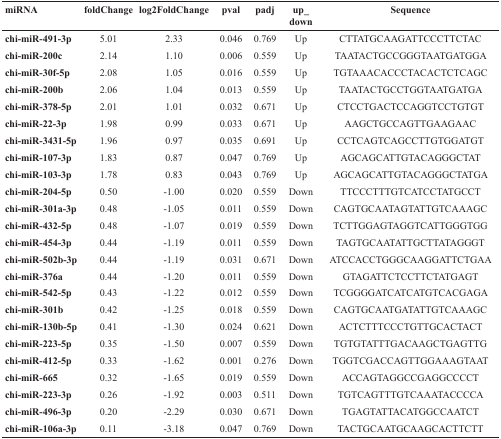
<table><thead><tr><td><b>miRNA</b></td><td><b>foldChange</b></td><td><b>log2FoldChange</b></td><td><b>pval</b></td><td><b>padj</b></td><td><b>up_down</b></td><td><b>Sequence</b></td></tr></thead><tbody><tr><td><b>chi-miR-491-3p</b></td><td>5.01</td><td>2.33</td><td>0.046</td><td>0.769</td><td>Up</td><td>CTTATGCAAGATTCCCTTCTAC</td></tr><tr><td><b>chi-miR-200c</b></td><td>2.14</td><td>1.10</td><td>0.006</td><td>0.559</td><td>Up</td><td>TAATACTGCCGGGTAATGATGGA</td></tr><tr><td><b>chi-miR-30f-5p</b></td><td>2.08</td><td>1.05</td><td>0.016</td><td>0.559</td><td>Up</td><td>TGTAAACACCCTACACTCTCAGC</td></tr><tr><td><b>chi-miR-200b</b></td><td>2.06</td><td>1.04</td><td>0.013</td><td>0.559</td><td>Up</td><td>TAATACTGCCTGGTAATGATGA</td></tr><tr><td><b>chi-miR-378-5p</b></td><td>2.01</td><td>1.01</td><td>0.032</td><td>0.671</td><td>Up</td><td>CTCCTGACTCCAGGTCCTGTGT</td></tr><tr><td><b>chi-miR-22-3p</b></td><td>1.98</td><td>0.99</td><td>0.033</td><td>0.671</td><td>Up</td><td>AAGCTGCCAGTTGAAGAAC</td></tr><tr><td><b>chi-miR-3431-5p</b></td><td>1.96</td><td>0.97</td><td>0.035</td><td>0.691</td><td>Up</td><td>CCTCAGTCAGCCTTGTGGATGT</td></tr><tr><td><b>chi-miR-107-3p</b></td><td>1.83</td><td>0.87</td><td>0.047</td><td>0.769</td><td>Up</td><td>AGCAGCATTGTACAGGGCTAT</td></tr><tr><td><b>chi-miR-103-3p</b></td><td>1.78</td><td>0.83</td><td>0.043</td><td>0.769</td><td>Up</td><td>AGCAGCATTGTACAGGGCTATGA</td></tr><tr><td><b>chi-miR-204-5p</b></td><td>0.50</td><td>-1.00</td><td>0.020</td><td>0.559</td><td>Down</td><td>TTCCCTTTGTCATCCTATGCCT</td></tr><tr><td><b>chi-miR-301a-3p</b></td><td>0.48</td><td>-1.05</td><td>0.011</td><td>0.559</td><td>Down</td><td>CAGTGCAATAGTATTGTCAAAGC</td></tr><tr><td><b>chi-miR-432-5p</b></td><td>0.48</td><td>-1.07</td><td>0.019</td><td>0.559</td><td>Down</td><td>TCTTGGAGTAGGTCATTGGGTGG</td></tr><tr><td><b>chi-miR-454-3p</b></td><td>0.44</td><td>-1.19</td><td>0.011</td><td>0.559</td><td>Down</td><td>TAGTGCAATATTGCTTATAGGGT</td></tr><tr><td><b>chi-miR-502b-3p</b></td><td>0.44</td><td>-1.19</td><td>0.031</td><td>0.671</td><td>Down</td><td>ATCCACCTGGGCAAGGATTCTGAA</td></tr><tr><td><b>chi-miR-376a</b></td><td>0.44</td><td>-1.20</td><td>0.011</td><td>0.559</td><td>Down</td><td>GTAGATTCTCCTTCTATGAGT</td></tr><tr><td><b>chi-miR-542-5p</b></td><td>0.43</td><td>-1.22</td><td>0.012</td><td>0.559</td><td>Down</td><td>TCGGGGATCATCATGTCACGAGA</td></tr><tr><td><b>chi-miR-301b</b></td><td>0.42</td><td>-1.25</td><td>0.018</td><td>0.559</td><td>Down</td><td>CAGTGCAATGATATTGTCAAAGC</td></tr><tr><td><b>chi-miR-130b-5p</b></td><td>0.41</td><td>-1.30</td><td>0.024</td><td>0.621</td><td>Down</td><td>ACTCTTTCCCTGTTGCACTACT</td></tr><tr><td><b>chi-miR-223-5p</b></td><td>0.35</td><td>-1.50</td><td>0.007</td><td>0.559</td><td>Down</td><td>TGTGTATTTGACAAGCTGAGTTG</td></tr><tr><td><b>chi-miR-412-5p</b></td><td>0.33</td><td>-1.62</td><td>0.001</td><td>0.276</td><td>Down</td><td>TGGTCGACCAGTTGGAAAGTAAT</td></tr><tr><td><b>chi-miR-665</b></td><td>0.32</td><td>-1.65</td><td>0.019</td><td>0.559</td><td>Down</td><td>ACCAGTAGGCCGAGGCCCCT</td></tr><tr><td><b>chi-miR-223-3p</b></td><td>0.26</td><td>-1.92</td><td>0.003</td><td>0.511</td><td>Down</td><td>TGTCAGTTTGTCAAATACCCCA</td></tr><tr><td><b>chi-miR-496-3p</b></td><td>0.20</td><td>-2.29</td><td>0.030</td><td>0.671</td><td>Down</td><td>TGAGTATTACATGGCCAATCT</td></tr><tr><td><b>chi-miR-106a-3p</b></td><td>0.11</td><td>-3.18</td><td>0.047</td><td>0.769</td><td>Down</td><td>TACTGCAATGCAAGCACTTCTT</td></tr></tbody></table>